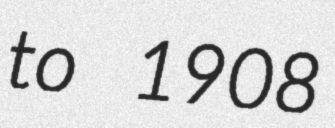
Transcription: to 1908